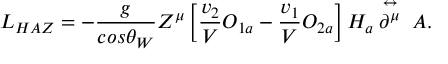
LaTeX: { \cal L } _ { H A Z } = - \frac { g } { c o s \theta _ { W } } Z ^ { \mu } \left[ \frac { v _ { 2 } } { V } O _ { 1 a } - \frac { v _ { 1 } } { V } O _ { 2 a } \right] H _ { a } \stackrel { \leftrightarrow } { \partial ^ { \mu } } \; A .